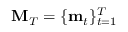
{ \mathbf { M } } _ { T } = \{ { \mathbf { m } } _ { t } \} _ { t = 1 } ^ { T }